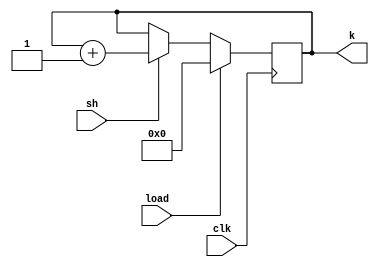
module counter(
	input clk, load, sh, 
	output reg [4:0]k
);


always @(posedge clk)
begin
	if (load)
	begin
		k <= 0;
	end
	else begin
		if (sh == 1) begin
			k <= k+1;
		end
	end
end

endmodule